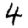
Digit: 4